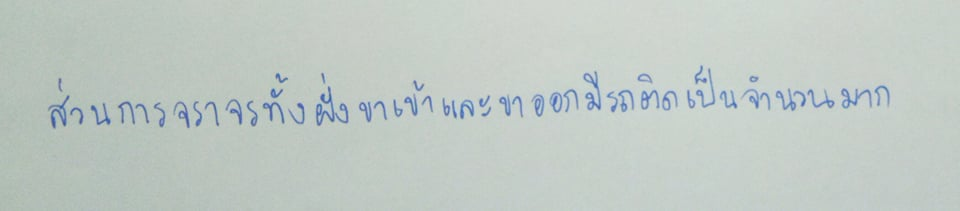
ส่วนการจราจรทั้งฝั่งขาเข้าและขาออกมีรถติดเป็นจำนวนมาก